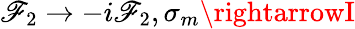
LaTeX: \mathscr{F}_{2}\rightarrow-i\mathscr{F}_{2},\sigma_{m}\rightarrowI